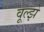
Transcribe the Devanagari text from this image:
वूल्झे